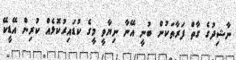
ނާޝިދުގެ ގާތް ފަރާތަކުން ބުނީ އޭނާ ނިޔާވީ މީގެ ކުޑައިރުކޮޅެއް ކުރިން އޭޑީކޭ